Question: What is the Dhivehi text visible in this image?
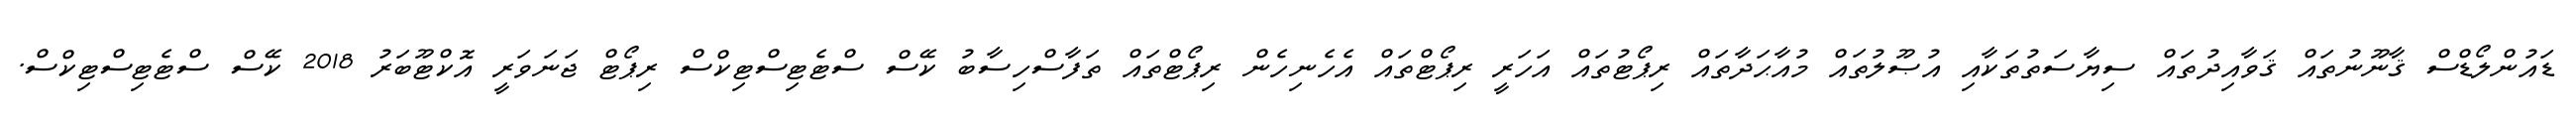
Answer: ޑައުންލޯޑްސް ޤާނޫނުތައް ޤަވާއިދުތައް ސިޔާސަތުތަކާއި އުޞޫލުތައް މުއާޙަދާތައް ރިޕޯޓުތައް އަހަރީ ރިޕޯޓްތައް އެހެނިހެން ރިޕޯޓްތައް ތަފާސްހިސާބު ކޭސް ސްޓެޓިސްޓިކްސް ރިޕޯޓް ޖަނަވަރީ އޮކްޓޫބަރު 2018 ކޭސް ސްޓެޓިސްޓިކްސް.